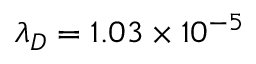
\ensuremath { \lambda } _ { D } = 1 . 0 3 \times 1 0 ^ { - 5 }